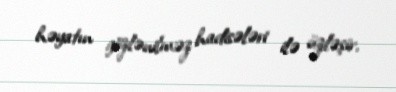
həyatın gözlənilməz hadisələri ilə üzləşir.